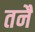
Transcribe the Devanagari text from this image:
तनै